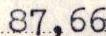
87,66